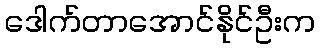
ဒေါက်တာအောင်နိုင်ဦးက